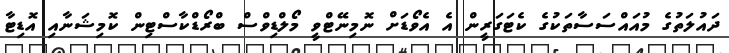
ދައުލަތުގެ މުއައްސަސާތަކުގެ ކެޓަގަރީން އެ އެވޯޑަށް ނޮމިނޭޓްވީ މޯލްޑިވްސް ބްރޯޑްކާސްޓިން ކޮމިޝަނާއި އޮޑިޓާ